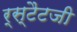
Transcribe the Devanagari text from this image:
र्स्टैटजी